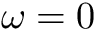
\omega = 0